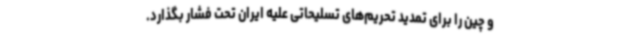
و چین را برای تمدید تحریم‌های تسلیحاتی علیه ایران تحت فشار بگذارد.